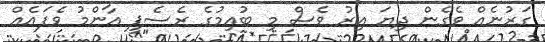
ގަރުނެއް ވެގެން ދިޔަ އިރު ވެސް މި ބުއިމުގެ ރެސެޕީ އާންމު ވެފައެއް